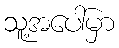
သူ့အပေါ်မှာ